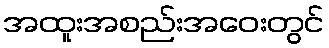
အထူးအစည်းအဝေးတွင်